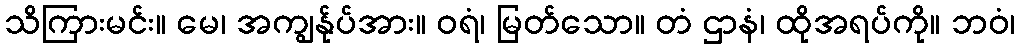
သိကြားမင်း။ မေ၊ အကျွန်ုပ်အား။ ဝရံ၊ မြတ်သော။ တံ ဌာနံ၊ ထိုအရပ်ကို။ ဘဝံ၊